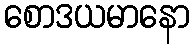
စောဒယမာနော